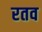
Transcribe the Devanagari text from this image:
रतव